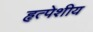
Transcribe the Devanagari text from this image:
हृत्पेशीय